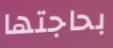
بحاجتها